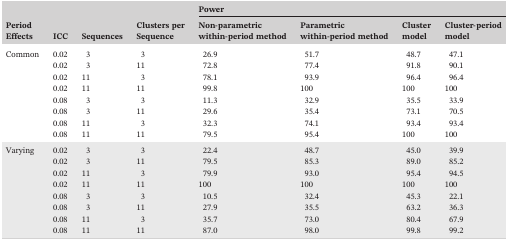
<table><thead><tr><td rowspan="2"><b>Period Effects</b></td><td rowspan="2"><b>ICC</b></td><td rowspan="2"><b>Sequences</b></td><td rowspan="2"><b>Clusters per Sequence</b></td><td colspan="4"><b>Power</b></td></tr><tr><td><b>Non‐parametric within‐period method</b></td><td><b>Parametric within‐period method</b></td><td><b>Cluster model</b></td><td><b>Cluster‐period model</b></td></tr></thead><tbody><tr><td rowspan="8">Common</td><td>0.02</td><td>3</td><td>3</td><td>26.9</td><td>51.7</td><td>48.7</td><td>47.1</td></tr><tr><td>0.02</td><td>3</td><td>11</td><td>72.8</td><td>77.4</td><td>91.8</td><td>90.1</td></tr><tr><td>0.02</td><td>11</td><td>3</td><td>78.1</td><td>93.9</td><td>96.4</td><td>96.4</td></tr><tr><td>0.02</td><td>11</td><td>11</td><td>99.8</td><td>100</td><td>100</td><td>100</td></tr><tr><td>0.08</td><td>3</td><td>3</td><td>11.3</td><td>32.9</td><td>35.5</td><td>33.9</td></tr><tr><td>0.08</td><td>3</td><td>11</td><td>29.6</td><td>35.4</td><td>73.1</td><td>70.5</td></tr><tr><td>0.08</td><td>11</td><td>3</td><td>32.3</td><td>74.1</td><td>93.4</td><td>93.4</td></tr><tr><td>0.08</td><td>11</td><td>11</td><td>79.5</td><td>95.4</td><td>100</td><td>100</td></tr><tr><td rowspan="8">Varying</td><td>0.02</td><td>3</td><td>3</td><td>22.4</td><td>48.7</td><td>45.0</td><td>39.9</td></tr><tr><td>0.02</td><td>3</td><td>11</td><td>79.5</td><td>85.3</td><td>89.0</td><td>85.2</td></tr><tr><td>0.02</td><td>11</td><td>3</td><td>79.9</td><td>93.0</td><td>95.4</td><td>94.5</td></tr><tr><td>0.02</td><td>11</td><td>11</td><td>100</td><td>100</td><td>100</td><td>100</td></tr><tr><td>0.08</td><td>3</td><td>3</td><td>10.5</td><td>32.4</td><td>45.3</td><td>22.1</td></tr><tr><td>0.08</td><td>3</td><td>11</td><td>27.9</td><td>35.5</td><td>63.2</td><td>36.3</td></tr><tr><td>0.08</td><td>11</td><td>3</td><td>35.7</td><td>73.0</td><td>80.4</td><td>67.9</td></tr><tr><td>0.08</td><td>11</td><td>11</td><td>87.0</td><td>98.0</td><td>99.8</td><td>99.2</td></tr></tbody></table>